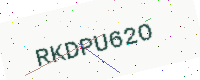
Text: RKDPU62O